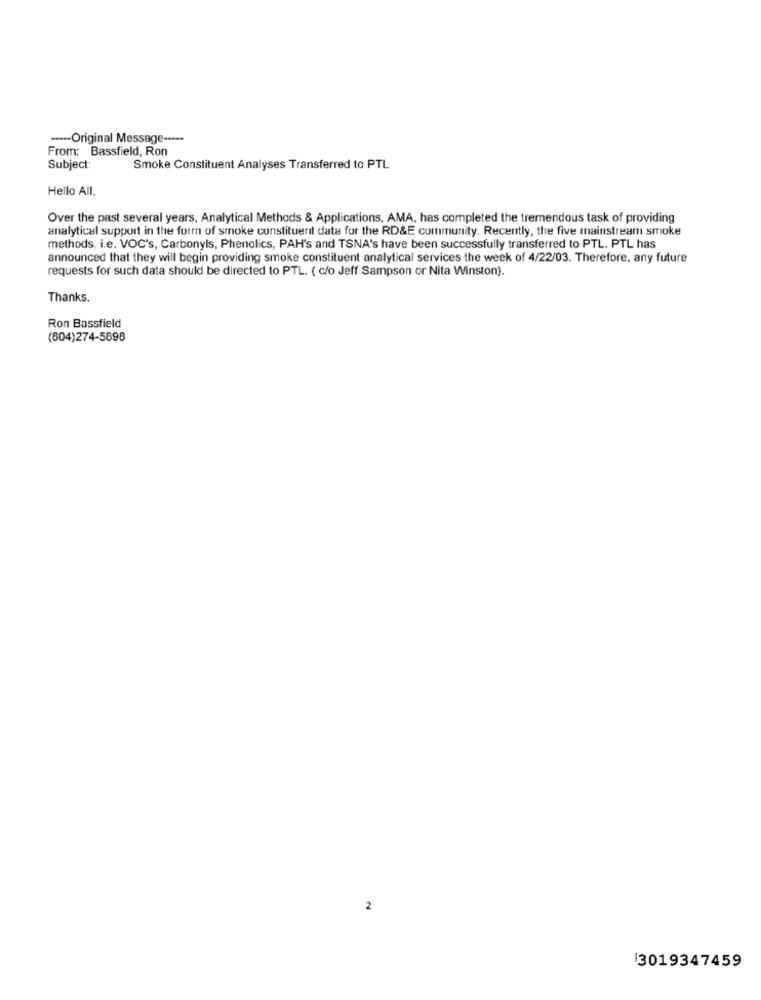
---- Original Message -----
From: Bassfield, Ron
Subject:
Smoke Constituent Analyses Transferred to PTL
Hello All.
Over the past several years, Analytical Methods & Applications, AMA, has completed the tremendous task of providing
analytical support in the form of smoke constituent data for the RD&E community. Recently, the five mainstream smoke
methods, i.e. VOC's, Carbonyls, Phenolics, PAH's and TSNA's have been successfully transferred to PTL. PTL has
announced that they will begin providing smoke constituent analytical services the week of 4/22/03. Therefore, any future
requests for such data should be directed to PTL. ( c/o Jeff Sampson or Nita Winston).
Thanks.
Ron Bassfield
(804)274-5898
2
3019347459